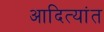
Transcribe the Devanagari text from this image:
आदित्यांत